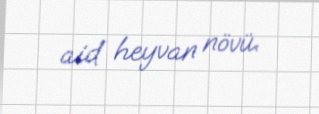
aid heyvan növü.